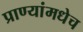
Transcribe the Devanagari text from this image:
प्राण्यांमधेच